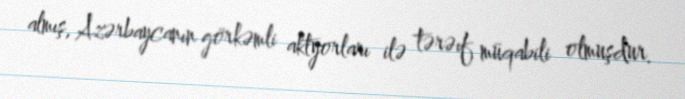
almış, Azərbaycanın görkəmli aktyorları ilə tərəıf müqabili olmuşdur.